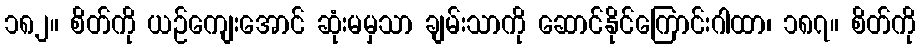
၁၈၂။ စိတ်ကို ယဉ်ကျေးအောင် ဆုံးမမှသာ ချမ်းသာကို ဆောင်နိုင်ကြောင်းဂါထာ၊ ၁၈၇။ စိတ်ကို